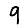
Digit: 9